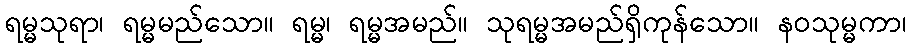
ရမ္မသုရာ၊ ရမ္မမည်သော။ ရမ္မ၊ ရမ္မအမည်။ သုရမ္မအမည်ရှိကုန်သော။ နဝသုမ္မကာ၊